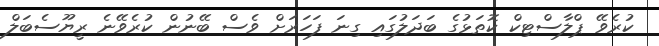
ކުރެވޭ ޕްލާސްޓިކް ކޮތަޅުގެ ބަދަލުގައި ގިނަ ފަހަރަށް ވެސް ބޭނުން ކުރެވޭނެ ރީޔޫސެބަލް